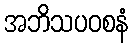
အဘိသပဝစနံ